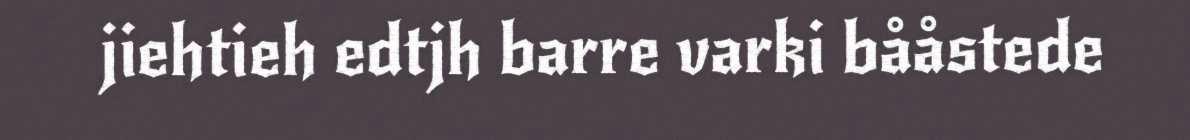
jiehtieh edtjh barre varki bååstede